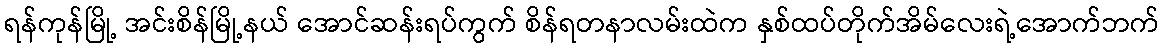
ရန်ကုန်မြို့ အင်းစိန်မြို့နယ် အောင်ဆန်းရပ်ကွက် စိန်ရတနာလမ်းထဲက နှစ်ထပ်တိုက်အိမ်လေးရဲ့အောက်ဘက်